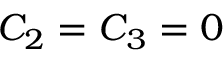
C _ { 2 } = C _ { 3 } = 0